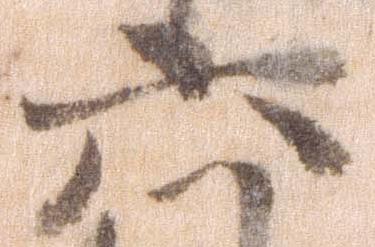
六